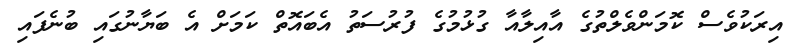
އިރަކުވެސް ކޮމަންވެލްތުގެ އާއިލާއާ ގުޅުމުގެ ފުރުސަތު އެބައޮތް ކަމަށް އެ ބަޔާނުގައި ބުނެފައި